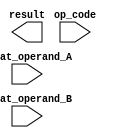
module FloatingPointALU (
    input [31:0] float_operand_A,
    input [31:0] float_operand_B,
    input [2:0] op_code,
    output [31:0] result
);

// Add your Verilog code here for the floating point ALU

endmodule